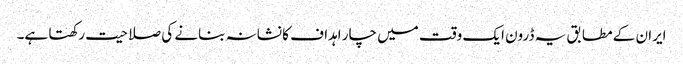
ایران کے مطابق یہ ڈرون ایک وقت میں چار اہداف کا نشانہ بنانے کی صلاحیت رکھتا ہے۔